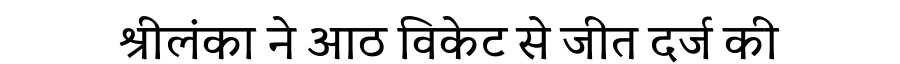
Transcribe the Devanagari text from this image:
श्रीलंका ने आठ विकेट से जीत दर्ज की